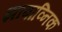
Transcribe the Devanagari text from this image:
झाबाव्निक